Civil Veterinary Department Bihar & Orissa reports 1911-21 - 1911-1921
Year: 1911
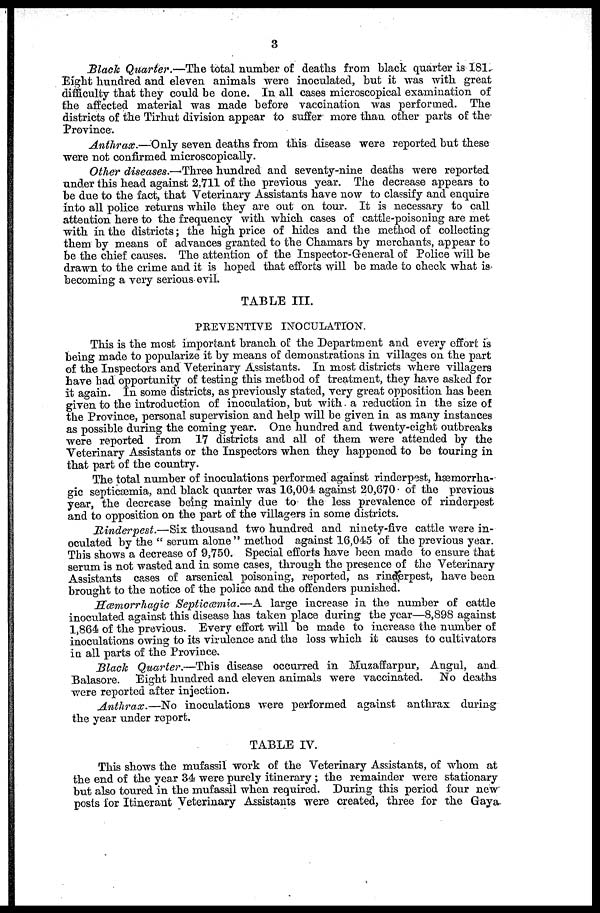
3
Black Quarter.—The total number of deaths from black quarter is 181
Eight hundred and eleven animals were inoculated, but it was with great
difficulty that they could be done. In all cases microscopical examination of
the affected material was made before vaccination was performed. The
districts of the Tirhut division appear to suffer more than other parts of the
Province.
Anthrax.—Only seven deaths from this disease were reported but these
were not confirmed microscopically.
Other diseases.—-Three hundred and seventy-nine deaths were reported
under this head against 2,711 of the previous year. The decrease appears to
be due to the fact, that Veterinary Assistants have now to classify and enquire
into all police returns while they are out on tour. It is necessary to call
attention here to the frequency with which cases of cattle-poisoning are met
with in the districts; the high price of hides and the method of collecting
them by means of advances granted to the Chamars by merchants, appear to
be the chief causes. The attention of the Inspector-General of Police will be
drawn to the crime and it is hoped that efforts will be made to check what is
becoming a very serious evil.
TABLE III.
PREVENTIVE INOCULATION.
This is the most important branch of the Department and every effort is
being made to popularize it by means of demonstrations in villages on the part
of the Inspectors and Veterinary Assistants. In most districts where villagers
have had opportunity of testing this method of treatment, they have asked for
it again. In some districts, as previously stated, very great opposition has been
given to the introduction of inoculation, but with a reduction in the size of
the Province, personal supervision and help will be given in as many instances
as possible during the coming year. One hundred and twenty-eight outbreaks
were reported from 17 districts and all of them were attended by the
Veterinary Assistants or the Inspectors when they happened to be touring in
that part of the country.
The total number of inoculations performed against rinderpest, hæmorrha-
gic septicæmia, and black quarter was 16,001 against 20,670 of the previous
year, the decrease being mainly due to the less prevalence of rinderpest
and to opposition on the part of the villagers in some districts.
Rinderpest.—Six thousand two hundred and ninety-five cattle were in-
oculated by the " serum alone" method against 16,045 of the previous year.
This shows a decrease of 9,750. Special efforts have been made to ensure that
serum is not wasted and in some cases, through the presence of the Veterinary
Assistants cases of arsenical poisoning, reported, as rinderpest, have been
brought to the notice of the police and the offenders punished.
Hæmorrhagic Septicæmia.—A large increase in the number of cattle
inoculated against this disease has taken place during the year—8,898 against
1,864 of the previous. Every effort will be made to increase the number of
inoculations owing to its virulence and the loss which it causes to cultivators
in all parts of the Province.
Black Quarter.—This disease occurred in Muzaffarpur, Angul, and
Balasore. Eight hundred and eleven animals were vaccinated. No deaths
were reported after injection.
Anthrax.—No inoculations were performed against anthrax during
the year under report.
TABLE IV.
This shows the mufassil work of the Veterinary Assistants, of whom at
the end of the year 34 were purely itinerary ; the remainder were stationary
but also toured in the mufassil when required. During this period four new
posts for Itinerant Veterinary Assistants were created, three for the Gaya-